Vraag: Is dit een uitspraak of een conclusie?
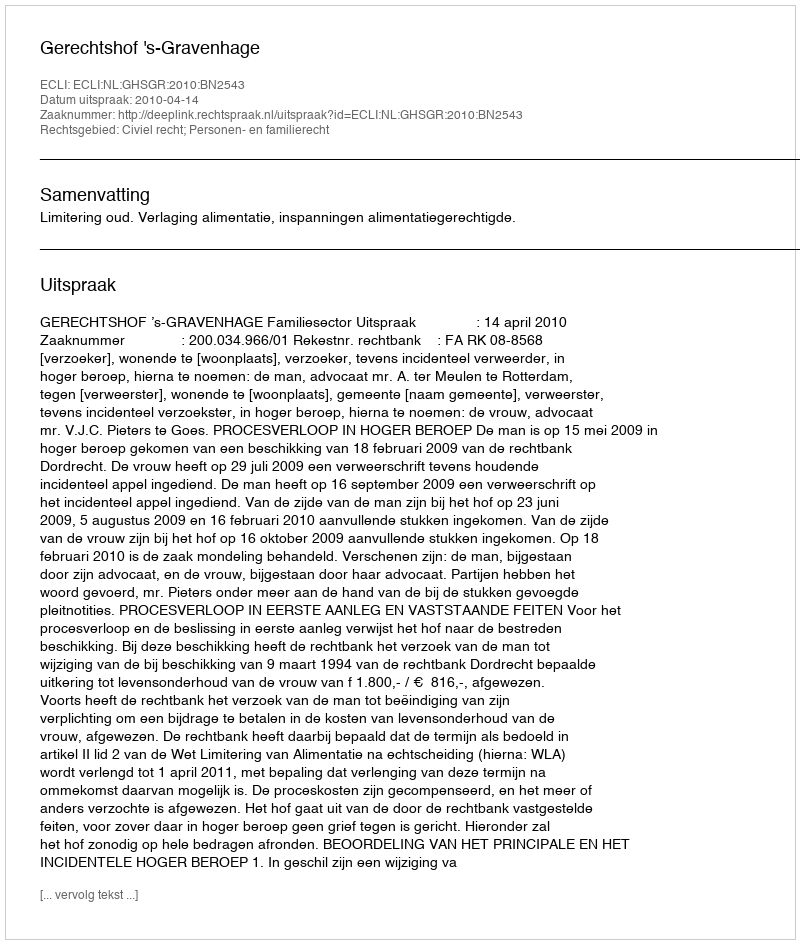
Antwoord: Uitspraak